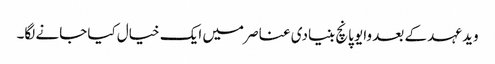
وید عہد کے بعد وایو پانچ بنیادی عناصر میں ایک خیال کیا جانے لگا۔